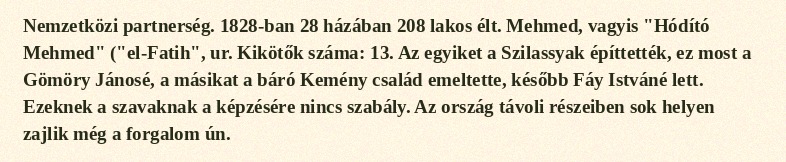
Nemzetközi partnerség. 1828-ban 28 házában 208 lakos élt. Mehmed, vagyis "Hódító Mehmed" ("el-Fatih", ur. Kikötők száma: 13. Az egyiket a Szilassyak építtették, ez most a Gömöry Jánosé, a másikat a báró Kemény család emeltette, később Fáy Istváné lett. Ezeknek a szavaknak a képzésére nincs szabály. Az ország távoli részeiben sok helyen zajlik még a forgalom ún.